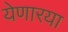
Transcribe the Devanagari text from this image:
येणारया